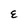
Character: E